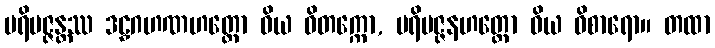
ပရိမဇ္ဇန္တဿ ဒဠှဂဟဏဟတ္ထော ဝိယ ဝိတက္ကော, ပရိမဇ္ဇနဟတ္ထော ဝိယ ဝိစာရော။ တထာ